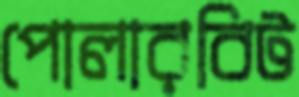
পোলারবিট